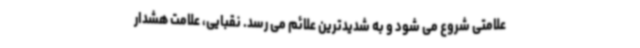
علامتی شروع می شود و به شدیدترین علائم می رسد. نقبایی، علامت هشدار